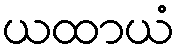
ယထာယံ